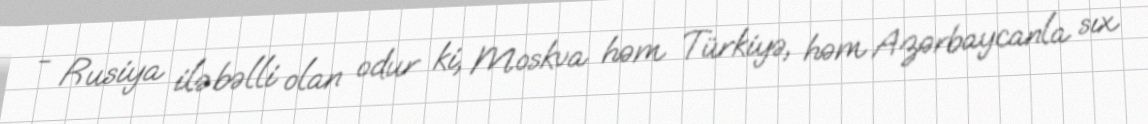
- Rusiya ilə bəlli olan odur ki, Moskva həm Türkiyə, həm Azərbaycanla sıx